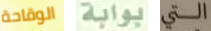
الوقاحة بوابة التي